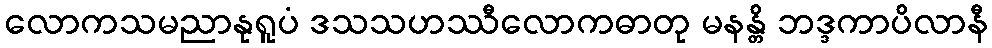
လောကသမညာနုရူပံ ဒသသဟဿီလောကဓာတု မနန္တိ ဘဒ္ဒကာပိလာနီ